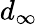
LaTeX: d_{\infty}